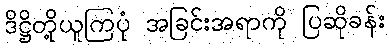
ဒိဋ္ဌိတို့ယူကြပုံ အခြင်းအရာကို ပြဆိုခန်း